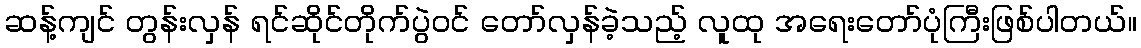
ဆန့်ကျင် တွန်းလှန် ရင်ဆိုင်တိုက်ပွဲဝင် တော်လှန်ခဲ့သည့် လူထု အရေးတော်ပုံကြီးဖြစ်ပါတယ်။